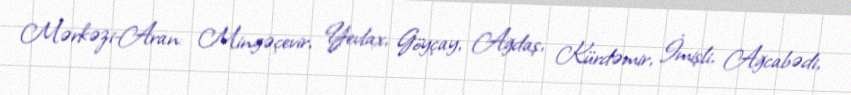
Mərkəzi-Aran: Mingəçevir, Yevlax, Göyçay, Ağdaş, Kürdəmir, İmişli, Ağcabədi,